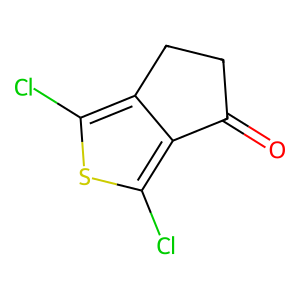
SMILES: O=C1CCc2c(Cl)sc(Cl)c21
Inhibits HIV replication: No